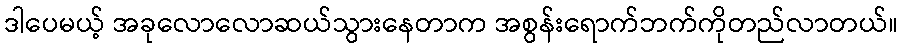
ဒါပေမယ့် အခုလောလောဆယ်သွားနေတာက အစွန်းရောက်ဘက်ကိုတည်လာတယ်။